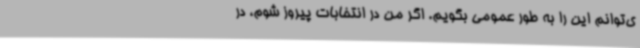
ی‌توانم این را به طور عمومی بگویم. اگر من در انتخابات پیروز شوم، در